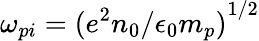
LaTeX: \omega_{pi}={(e^{2}n_{0}/\epsilon_{0}m_{p})}^{1/2}